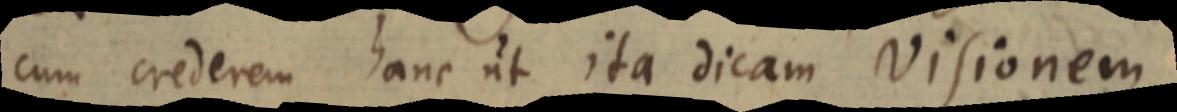
cum crederem hanc ut ita dicam Visionem